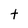
Character: t